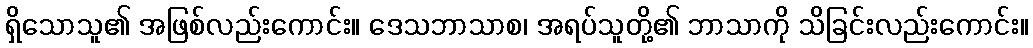
ရှိသောသူ၏ အဖြစ်လည်းကောင်း။ ဒေသဘာသာစ၊ အရပ်သူတို့၏ ဘာသာကို သိခြင်းလည်းကောင်း။